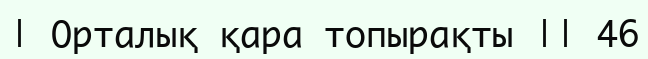
| Орталық қара топырақты || 46